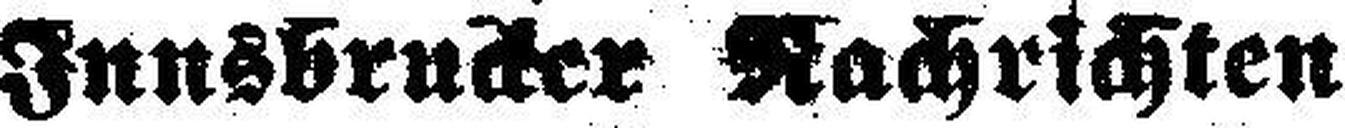
Innsbrucker Nachrichten